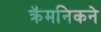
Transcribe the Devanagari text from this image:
क्रॅमनिकने